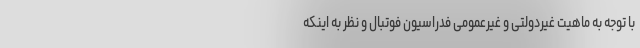
با توجه به ماهیت غیردولتی و غیرعمومی فدراسیون فوتبال و نظر به اینکه